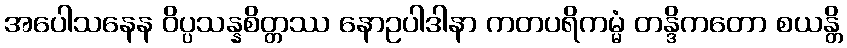
အပေါသနေန ဝိပ္ပသန္နစိတ္တဿ နောဥပါဒါနာ ကတပရိကမ္မံ တန္ဒိကတော စယန္တိ